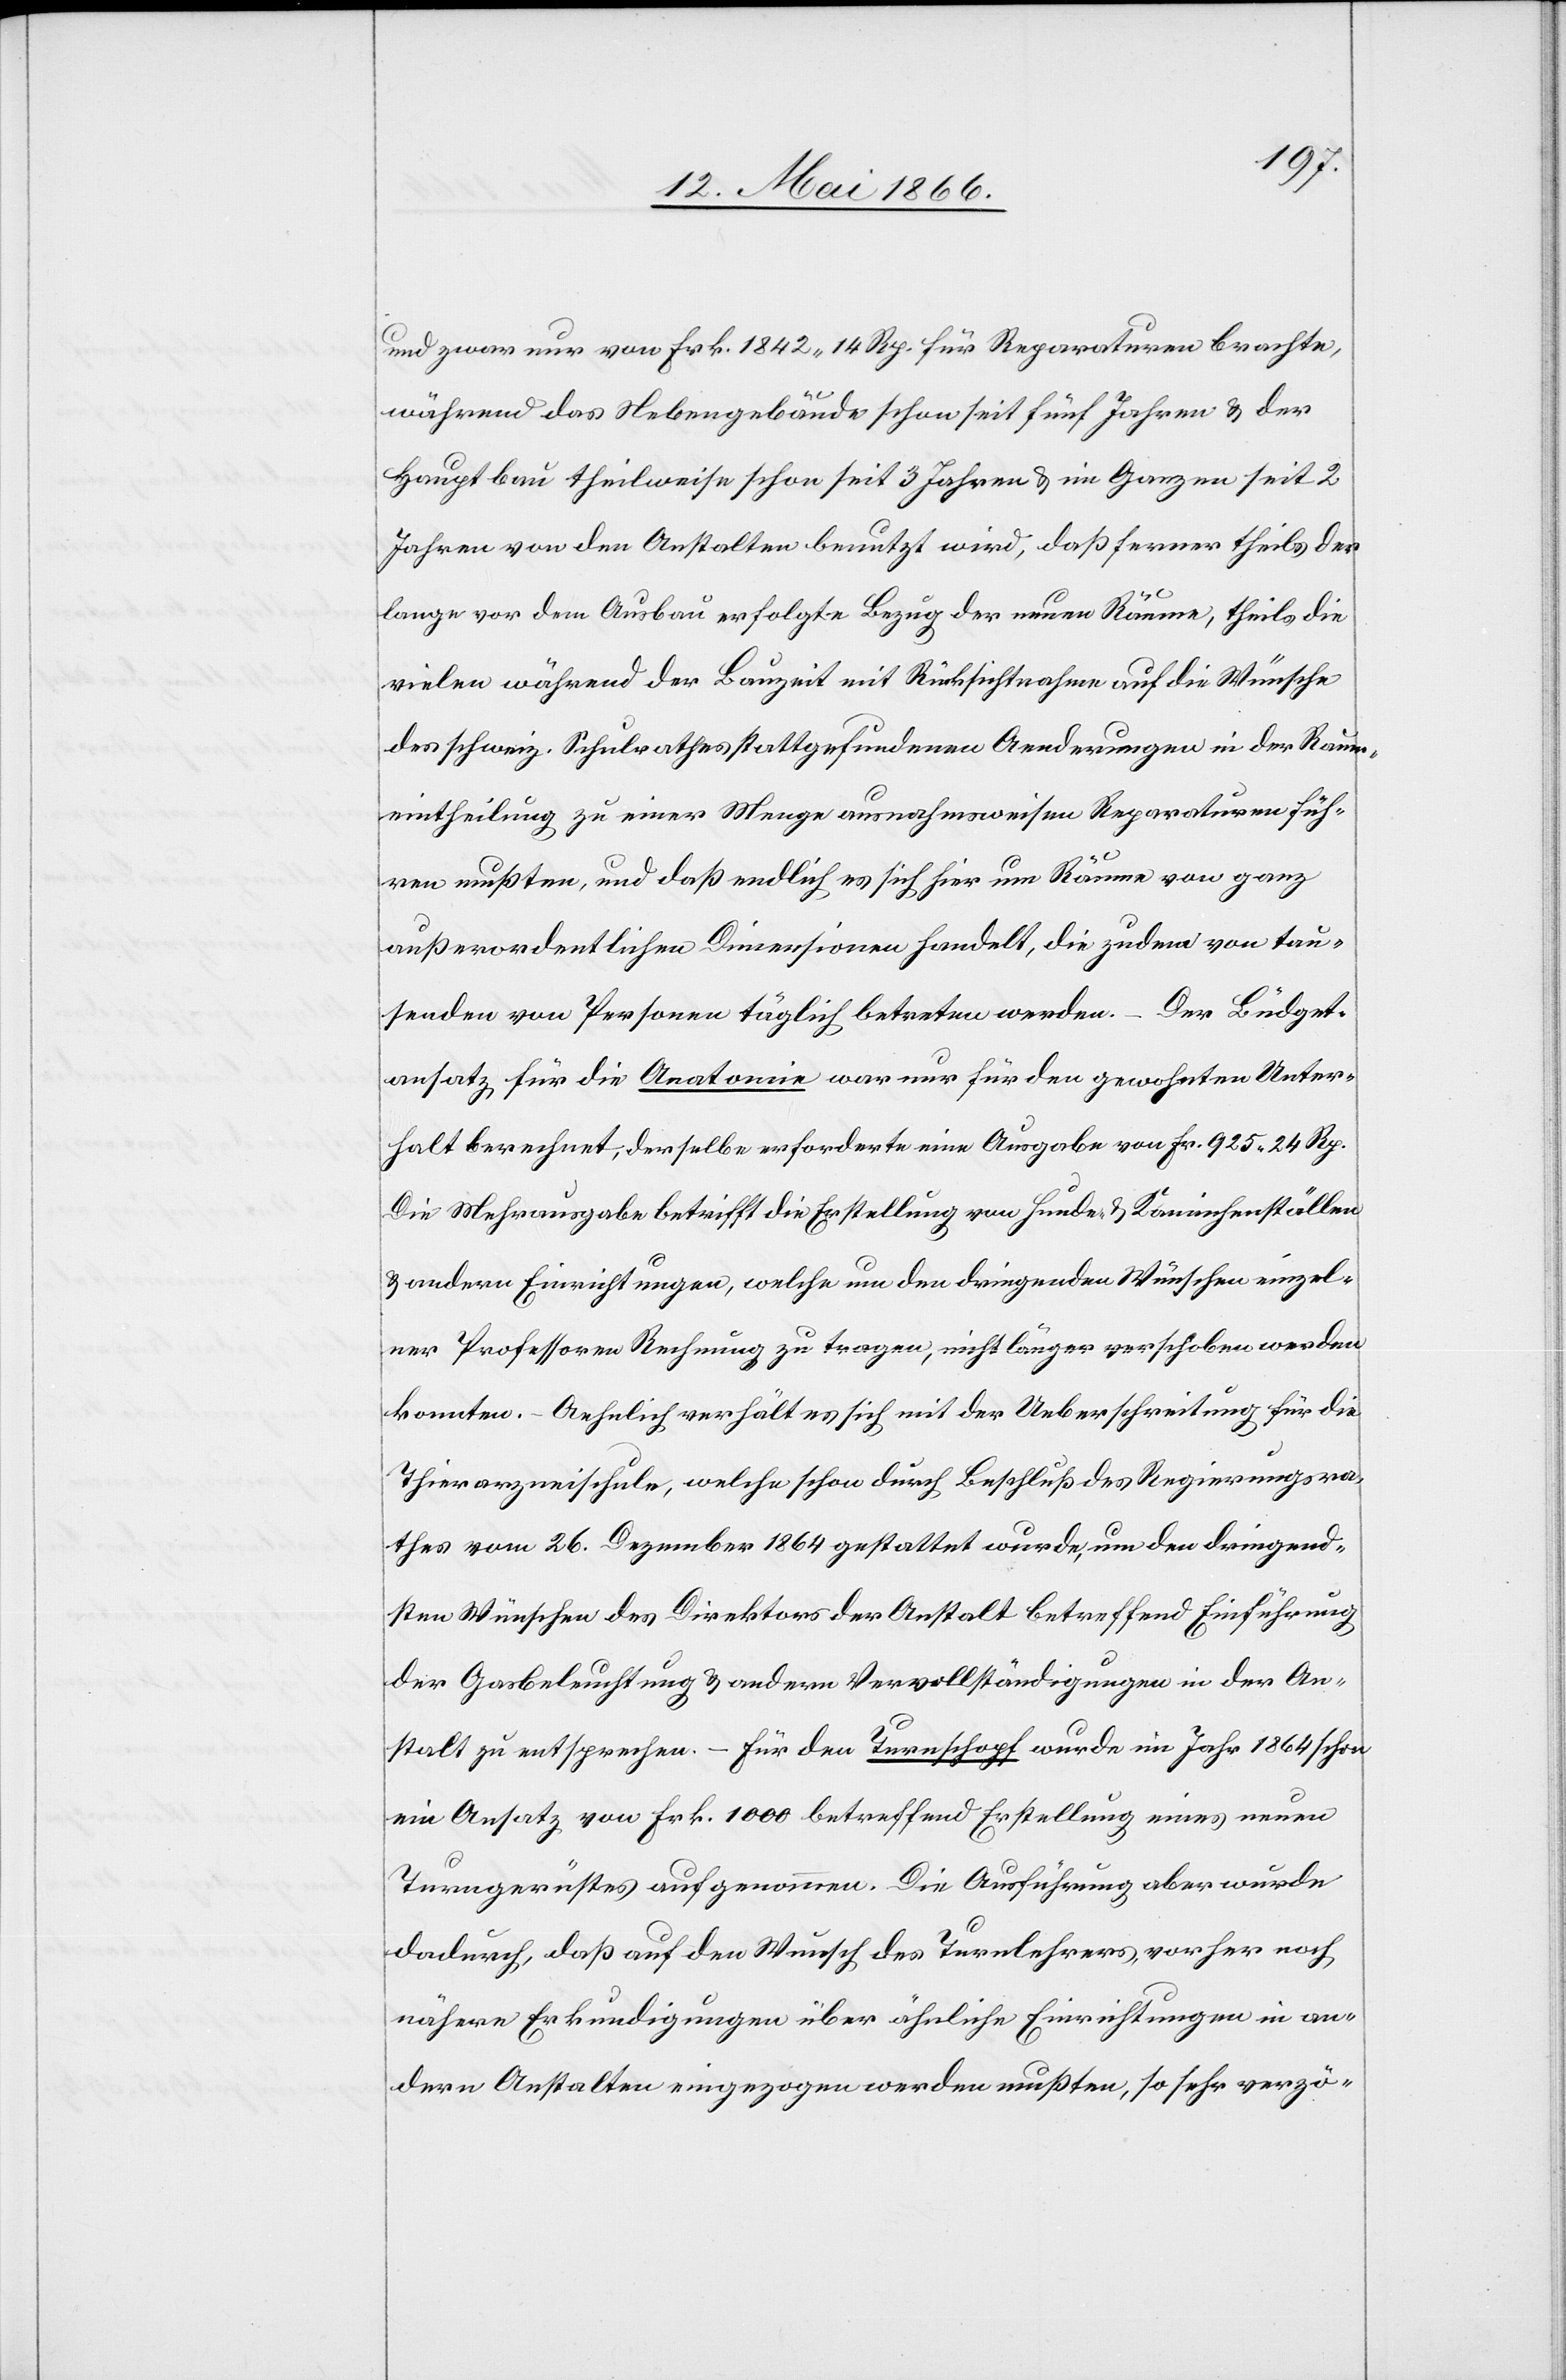
und zwar von Frk. 1842.14 Rp. für Reparaturen brachte,
während das Nebengebäude schon seit fünf Jahren u. der
Hauptbau theilweise seit 3 Jahren u. im Ganzen seit 2
Jahren von den Anstalten benutzt wird, daß ferner theils der
lange vor dem Ausbau erfolgte Bezug der neuen Räume, theils die
vielen während der Bauzeit mit Rücksichtnahme auf die Wünsche
des schweiz. Schulrathes stattgefundenen Aenderungen in der Raum¬
eintheilung zu einer Menge ausnahmsweisen Reparaturen füh¬
ren mußten, und daß endlich es sich hier um Räume von ganz
außerordentlichen Dimensionen handelt, die zudem von tau¬
senden von Personen täglich betreten werden. – Der Büdget¬
ansatz für die Anatomie war nur für den gewohnten Unter¬
halt berechnet, derselbe erforderte eine Ausgabe von Fr. 925 24. Rp.
Die Mehrausgabe betrifft die Erstellung von Hunde- u. Kaninchenställen
u. andern Einrichtungen, welche um den dringenden Wünschen einzel¬
ner Professoren Rechnung zu tragen, nicht länger verschoben werden
konnten. – Aehnlich verhält es sich mit der Ueberschreitung für die
Thierarzneischule, welche schon durch Beschluß des Regierungsra¬
thes vom 26. Dezember 1864 gestattet wurde, um den dringend¬
en Wünschen des Direktors der Anstalt betreffend Einführung
der Gasbeleuchtung u. andere Vervollständigungen in der An¬
stalt zu entsprechen. – Für den Turnschopf wurde im Jahr 1864 schon
ein Ansatz von Frk. 1000 betreffend Erstellung eines neuen
Turngerüstes aufgenommen. Die Ausführung aber wurde
dadurch, daß auf den Wunsch des Turnlehrers vorher noch
nähere Erkundigungen über ähnliche Einrichtungen in an¬
dern Anstalten eingezogen werden mußten, so sehr verzö-